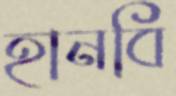
হানবি